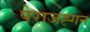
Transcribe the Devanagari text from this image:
पेराजह्गन